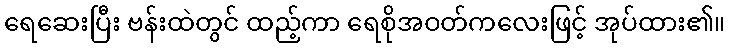
ရေဆေးပြီး ဗန်းထဲတွင် ထည့်ကာ ရေစိုအဝတ်ကလေးဖြင့် အုပ်ထား၏။